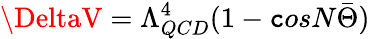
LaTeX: \DeltaV=\Lambda_{QCD}^{4}(1-\mathtt{c}osN\bar{{\Theta}})